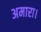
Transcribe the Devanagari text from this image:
अमारा।